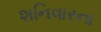
શનિવારના